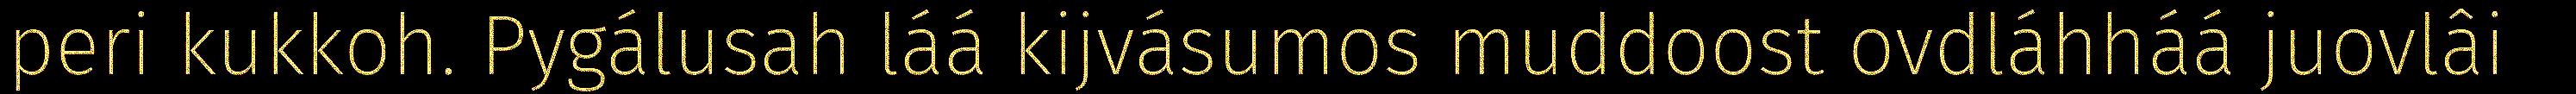
peri kukkoh. Pygálusah láá kijvásumos muddoost ovdláhháá juovlâi